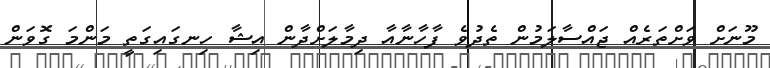
މޫނަށް ވަށްތަރެއް ޖައްސާލަމުން ތެދުވެ ފާހާނާއާ ދިމާލަށްދާން އިޝާ ހިނގައިގަތީ މަންމަ ގޮވަން